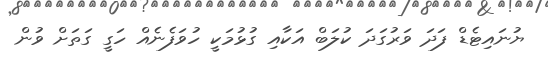
ޔުނައިޓެޑް ފަދަ ވަރުގަދަ ކުލަބް އަކާއި ގުޅުމަކީ ހުވަފެނެއް ހަގީ ގަތަށް ވުން